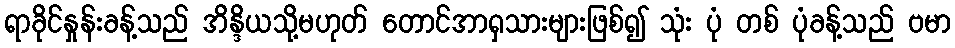
ရာခိုင်နှုန်းခန့်သည် အိန္ဒိယသို့မဟုတ် တောင်အာရှသားများဖြစ်၍ သုံး ပုံ တစ် ပုံခန့်သည် ဗမာ